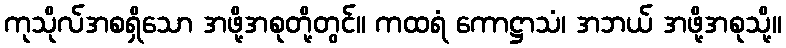
ကုသိုလ်အစရှိသော အဖို့အစုတို့တွင်။ ကထရံ ကောဋ္ဌာသံ၊ အဘယ် အဖို့အစုသို့။